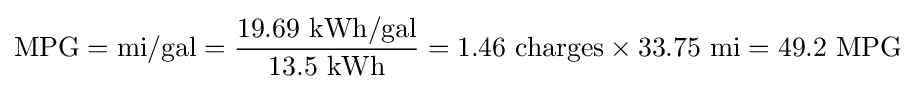
{\text{MPG}}={\text{mi}}/{\text{gal}}={{19.69~{\text{kWh}}/{\text{gal}}} \over 13.5~{\text{kWh}}}=1.46~{\text{charges}}\times 33.75~{\text{mi}}=49.2~{\text{MPG}}